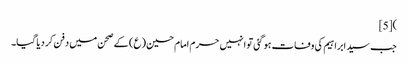
)[5]
جب سید ابراہیم کی وفات ہو گئی تو انہیں حرم امام حسین (ع) کے صحن میں دفن کر دیا گیا۔